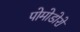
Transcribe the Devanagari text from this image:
पोमोडोरो